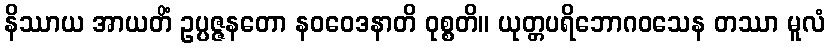
နိဿာယ အာယတိံ ဥပ္ပဇ္ဇနတော နဝဝေဒနာတိ ဝုစ္စတိ။ ယုတ္တပရိဘောဂဝသေန တဿာ မူလံ